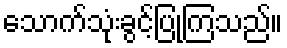
သောက်သုံးခွင့်ပြုကြသည်။